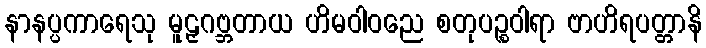
နာနပ္ပကာရေသု မူဠှဂဗ္ဘတာယ ဟိမဝါဝညေ စတုပဉ္စဝါရာ ဗာဟိရပတ္တာနိ